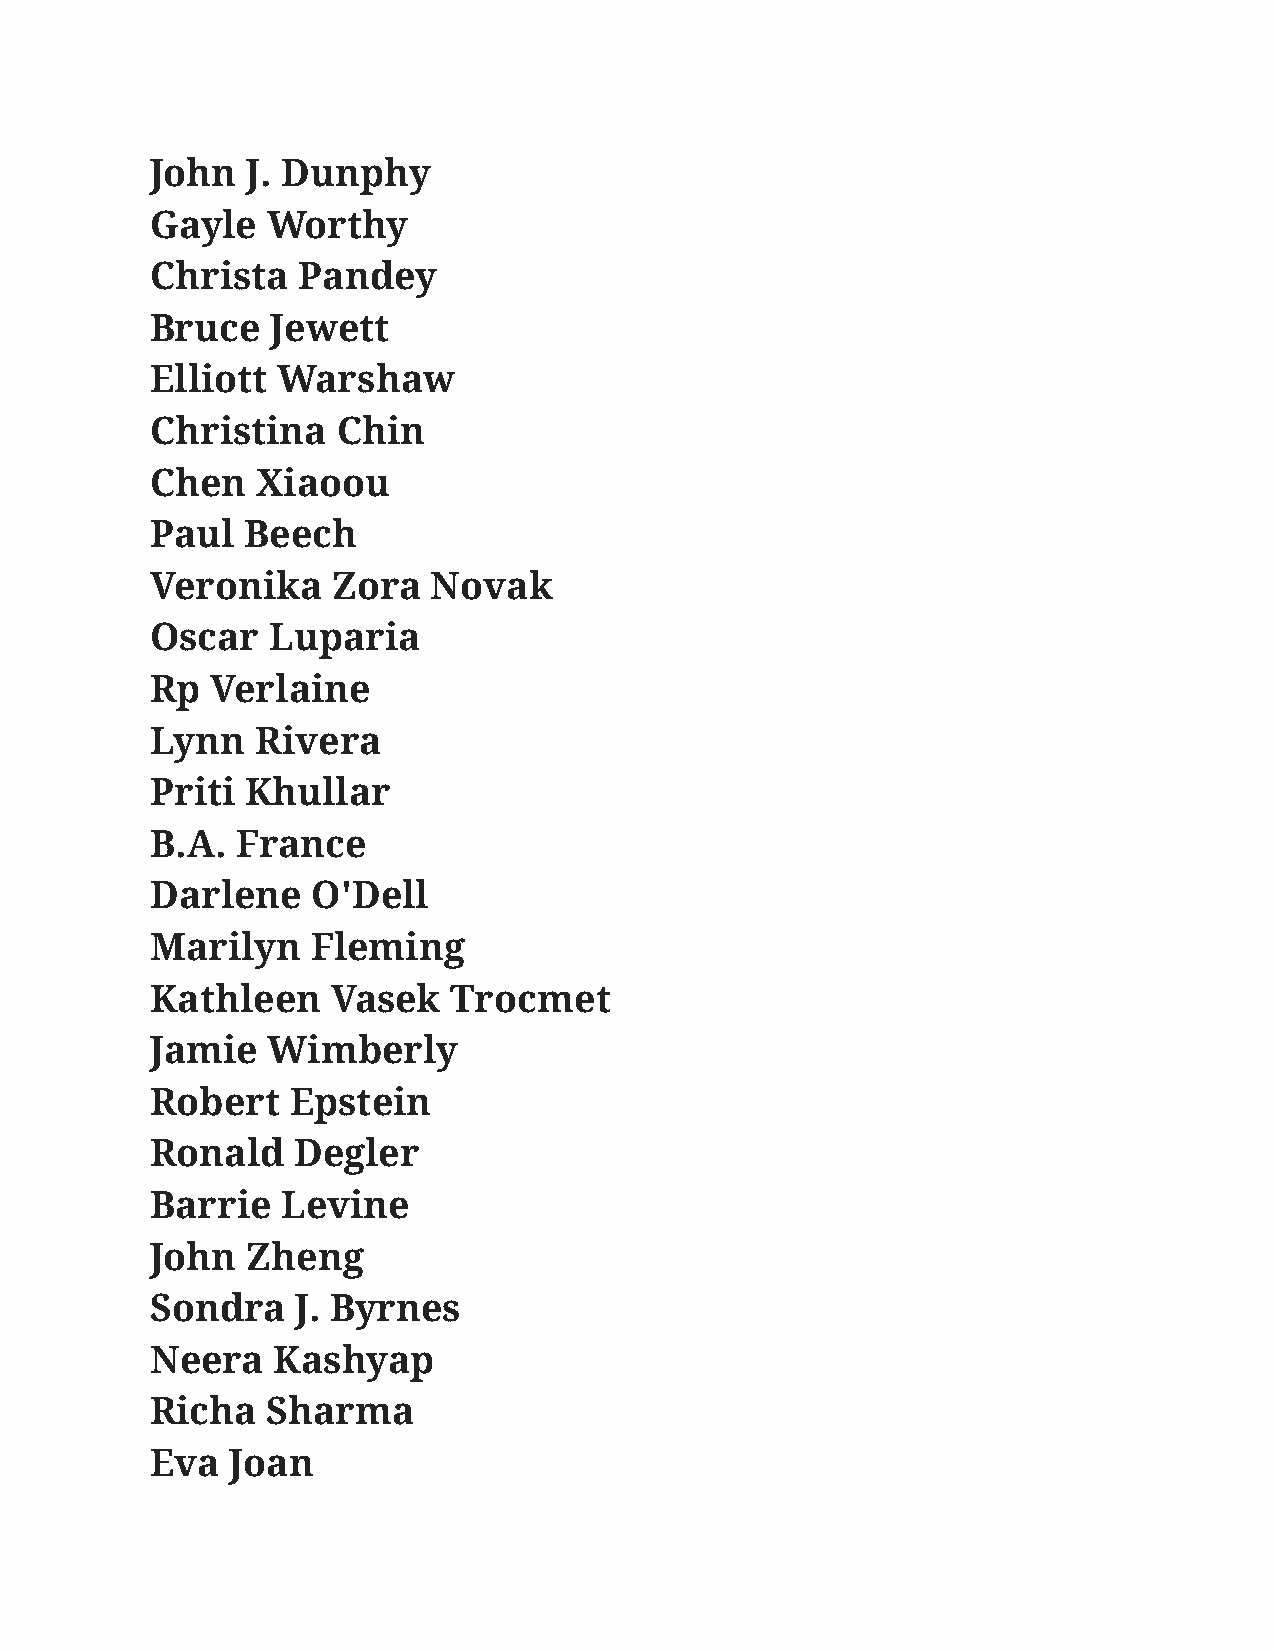
John  J. Dunphy
 Gayle   Worthy
 Christa   Pandey
 Bruce   Jewett
 Elliott Warshaw
 Christina   Chin
 Chen   Xiaoou
 Paul  Beech
 Veronika    Zora   Novak
 Oscar   Luparia
 Rp  Verlaine
 Lynn   Rivera
 Priti Khullar
 B.A.  France
 Darlene    O'Dell
 Marilyn    Fleming
 Kathleen    Vasek   Trocmet
 Jamie   Wimberly
 Robert   Epstein
 Ronald   Degler
 Barrie   Levine
 John  Zheng
 Sondra    J. Byrnes
 Neera   Kashyap
 Richa   Sharma
 Eva  Joan